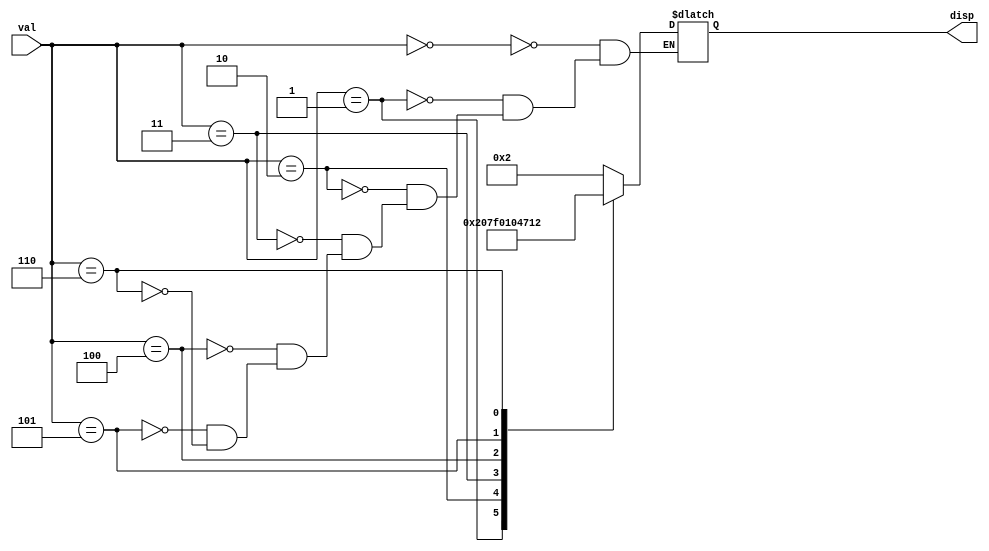
module gobuffs_decoder( val, disp);

	output reg [6:0]disp;
	input[3:0] val;

always@*


			begin
				case(val)
					4'b0000: disp = 7'b0000010; // G
					4'b0001: disp = 7'b1000000; //O
					4'b0010: disp = 7'b1111111; // space
					4'b0011: disp = 7'b0000000; // B
					4'b0100: disp = 7'b1000001;// U
					4'b0101: disp = 7'b0001110; // F
					4'b0110: disp = 7'b0010010; // S
				endcase
			end
	

endmodule